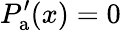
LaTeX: P_{\mathrm{a}}^{\prime}(x)=0